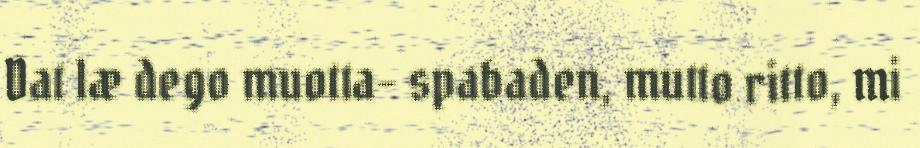
Dat læ dego muotta- spabaden, mutto ritto, mi